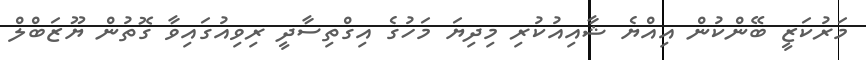
މަރުކަޒީ ބޭންކުން އިއްޔެ ޝާއިއުކުރި މިދިޔަ މަހުގެ އިގްތިސާދީ ރިވިއުގައިވާ ގޮތުން ޔޫޒަބްލް